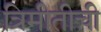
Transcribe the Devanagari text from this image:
त्रिमीतीची